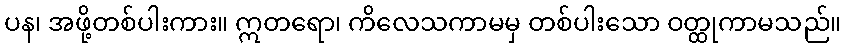
ပန၊ အဖို့တစ်ပါးကား။ ဣတရော၊ ကိလေသကာမမှ တစ်ပါးသော ဝတ္ထုကာမသည်။